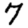
Digit: 7